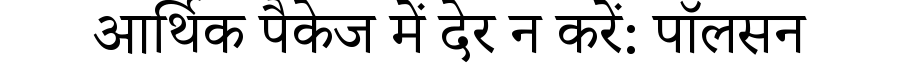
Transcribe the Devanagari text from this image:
आर्थिक पैकेज में देर न करें: पॉलसन